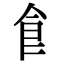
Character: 𩙿